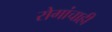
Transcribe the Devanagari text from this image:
रोगांचाही